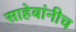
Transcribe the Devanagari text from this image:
साहेबांनीच